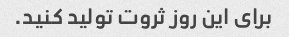
برای این روز ثروت تولید کنید.